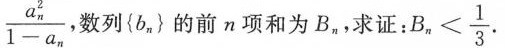
\frac { a _ { n } ^ { 2 } } { 1 - a _ { n } }$$ ，数列{b_{ n} }的前n项和为B_{n} ，求证： $$B _ { n } < \frac { 1 } { 3 }$$ .